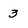
Character: 3